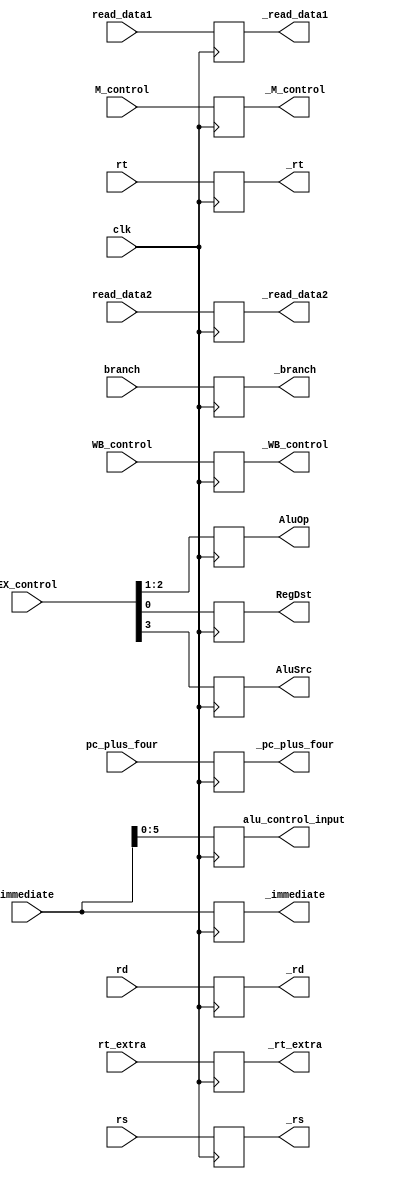
module ID_IE_register(WB_control,M_control,EX_control,branch,
_WB_control,_M_control,RegDst,AluOp,AluSrc,_branch,
pc_plus_four,_pc_plus_four,
read_data1,read_data2,_read_data1,_read_data2,
immediate,_immediate,alu_control_input,
rs,rt,rt_extra,rd,
_rs,_rt,_rt_extra,_rd,
clk
);
input clk;
input wire [1:0] WB_control;
output reg [1:0] _WB_control;

input wire [1:0] M_control;
output reg [1:0] _M_control;

input wire [3:0] EX_control;
output reg [1:0] AluOp;output reg RegDst,AluSrc;

input wire branch;
output reg _branch;

input wire [31:0] pc_plus_four;output reg [31:0] _pc_plus_four;
input wire [31:0] read_data1,read_data2;output reg [31:0] _read_data1,_read_data2;
input wire [31:0] immediate;output reg [31:0] _immediate;output reg [5:0] alu_control_input;
input [4:0] rs,rt,rt_extra,rd;output reg [4:0] _rs,_rt,_rt_extra,_rd;

always@(posedge clk)
begin
_WB_control<=WB_control;_M_control<=M_control;
RegDst<=EX_control[0];AluOp<=EX_control[2:1];AluSrc<=EX_control[3];
_branch<=branch;
_pc_plus_four<=pc_plus_four;
_read_data1<=read_data1;_read_data2<=read_data2;
_immediate<=immediate;alu_control_input<=immediate[5:0];
_rs<=rs;_rt<=rt;_rt_extra<=rt_extra;_rd<=rd;
end

initial begin
_WB_control<=0;_M_control<=0;
RegDst<=0;AluOp<=0;AluSrc<=0;
_branch<=0;
_pc_plus_four<=0;
_read_data1<=0;_read_data2<=0;
_immediate<=0;alu_control_input<=0;
_rs<=0;_rt<=0;_rt_extra<=0;_rd<=0;

end


endmodule